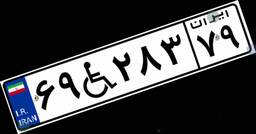
۶۹W۲۸۳۷۹